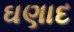
ઘણાદ